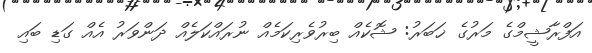
އަފްރާޝީމްގެ މަރުގެ ޚަބަރު: ޝޮކެއް ބިރުވެރިކަމެއް ނުރައްކަލެއް ދަންވަރު އެއް ގަޑި ބައި